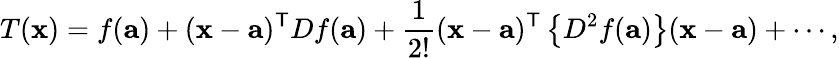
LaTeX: T(\mathbf{x})=f(\mathbf{a})+(\mathbf{x}-\mathbf{a})^{\mathsf{T}}Df(\mathbf{a})+{\frac{1}{2!}}(\mathbf{x}-\mathbf{a})^{\mathsf{T}}\left\{ D^{2}f(\mathbf{a})\right\} (\mathbf{x}-\mathbf{a})+\cdots,